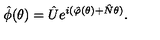
\hat { \phi } ( \theta ) = \hat { U } e ^ { i ( \hat { \varphi } ( \theta ) + \hat { N } \theta ) } .